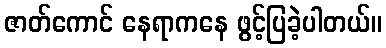
ဇာတ်ကောင် နေရာကနေ ဖွင့်ပြခဲ့ပါတယ်။